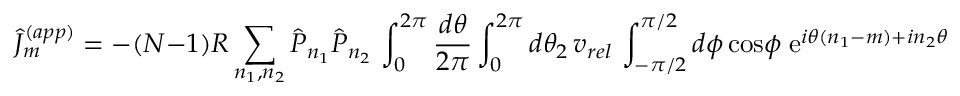
\hat { J } _ { m } ^ { ( a p p ) } = - ( N - 1 ) R \sum _ { n _ { 1 } , n _ { 2 } } \hat { P } _ { n _ { 1 } } \hat { P } _ { n _ { 2 } } \, \int _ { 0 } ^ { 2 \pi } { \frac { d \theta } { 2 \pi } } \int _ { 0 } ^ { 2 \pi } d \theta _ { 2 } \, v _ { r e l } \, \int _ { - \pi / 2 } ^ { \pi / 2 } d \phi \, \mathrm { c o s } \phi \; \mathrm { e } ^ { i \theta ( n _ { 1 } - m ) + i n _ { 2 } \theta _ { 2 } }